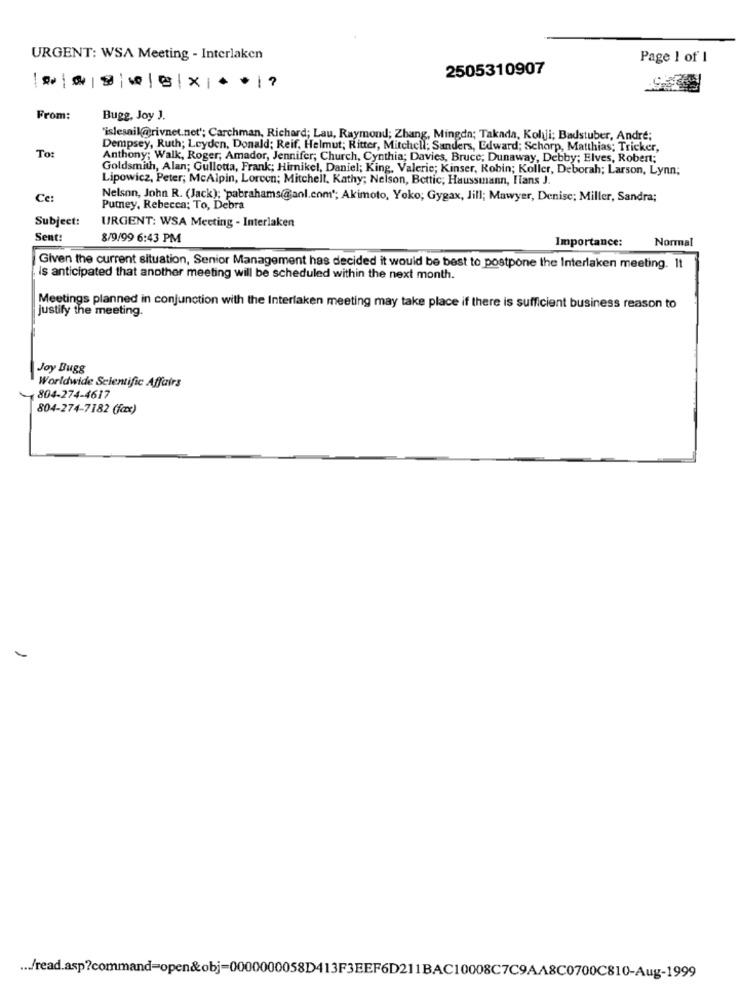
URGENT: WSA Meeting - Interlaken
Page 1 of 1
2505310907
From:
Bugg, Joy J.
"islesnil@rivnet.net'; Carchman, Richard; Lau, Raymond; Zhang, Mingdn; Takada, Kolji; Badstuber, Andre;
To:
Dempsey, Ruth; Leyden, Donald; Reif. Helmut; Ritter, Mitchell; Sanders, Edward; Schorp, Matthias; Tricker,
Anthony: Walk, Roger, Amador, Jennifer; Church, Cynthia; Davies, Bruce; Dunaway, Debby; Elves, Robert;
Goldsmith, Alan; Gullotta, Frank; Hirnikel, Daniel; King, Valerie; Kinser, Robin; Koller, Deborah; Larson, Lynn;
Lipowicz, Peter; McAlpin, Lorcon; Mitchell, Kathy; Nelson, Bottic; Haussmann, Hans J."
Cc:
Nelson, John R. (Jack): 'pabrahams@aol.com *; Akimoto, Yoko; Gygax, Jill; Mawyer, Denise; Miller, Sandra;
Putney, Rebecca; To, Debra
Subject:
URGENT: WSA Meeting - Interlaken
Sent:
8/9/99 6:43 PM
Importance:
Normal
Given the current situation, Senior Management has decided it would be best to postpone the Interlaken meeting. It
is anticipated that another meeting will be scheduled within the next month.
justify the meeting
Meetings planned in conjunction with the Interlaken meeting may take place if there is sufficient business reason to
Joy Bugg
Worldwide Scientific Affairs
804-274-4617
804-274-7182 (fax)
... /read.asp?command=open&obj=0000000058D413F3EEF6D211BAC10008C7C9AA8C0700C810-Aug-1999